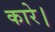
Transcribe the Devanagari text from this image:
कारे।